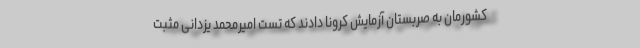
کشورمان به صربستان آزمایش کرونا دادند که تست امیرمحمد یزدانی مثبت